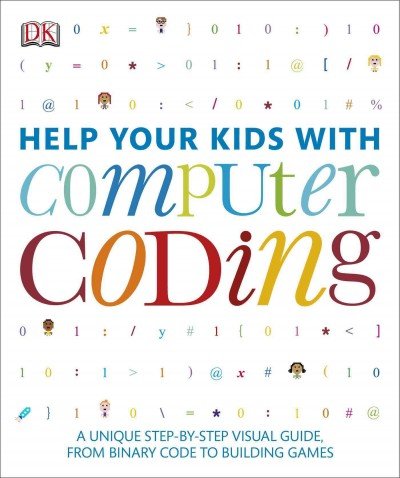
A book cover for Help Your Kids with Computer Coding; DK Publishing; Children's Books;